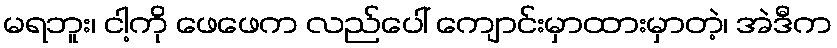
မရဘူး၊ ငါ့ကို ဖေဖေက လည်ပေါ် ကျောင်းမှာထားမှာတဲ့၊ အဲဒီက